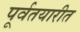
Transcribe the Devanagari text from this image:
पूर्वतयारीत